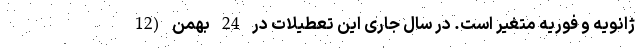
ژانویه و فوریه متغیر است. در سال جاری این تعطیلات در 24 بهمن (12